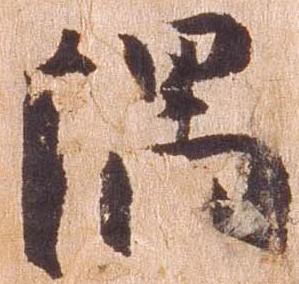
隅